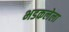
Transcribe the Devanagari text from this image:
भडकलेला